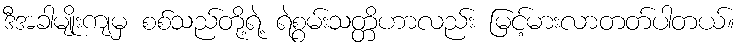
ဒီအခါမျိုးကျမှ စစ်သည်တို့ရဲ့ ရဲစွမ်းသတ္တိဟာလည်း မြင့်မားလာတတ်ပါတယ်။